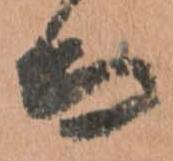
而